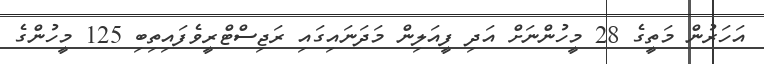
އަހަރުން މަތީގެ 28 މީހުންނަށް އަދި ފީއަލިން މަދަނައިގައި ރަޖިސްޓްރީވެފައިތިބި 125 މީހުންގެ